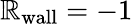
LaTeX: \mathbb{R}_{\mathrm{{wall}}}=-1